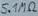
Text: 5.1MΩ